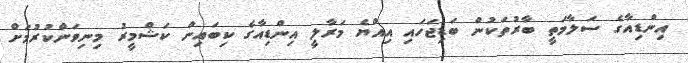
އިންޑިއާގެ ސަލާމަތީ ބާރުތަކުން ބަޑިޖަހައި އިއްޔެ މަރާލީ އިންޑިއާގެ ކިބައިން ކަޝްމީރު މިނިވަންކުރުމަށް